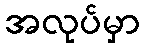
အလုပ်မှာ